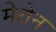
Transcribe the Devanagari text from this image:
मेरोन